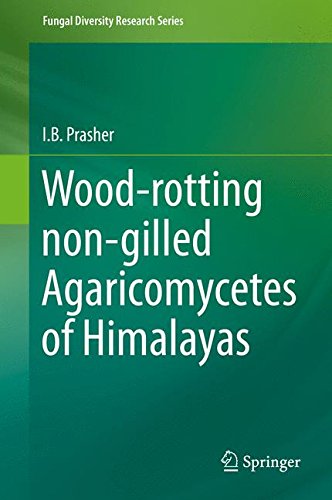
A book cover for Wood-rotting non-gilled Agaricomycetes of Himalayas (Fungal Diversity Research Series); I.B. Prasher; Medical Books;